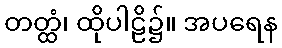
တတ္ထံ၊ ထိုပါဠိ၌။ အပရေန